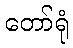
တော်ရုံ